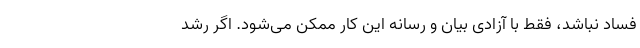
فساد نباشد، فقط با آزادی بیان و رسانه این کار ممکن می‌شود. اگر رشد